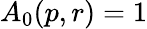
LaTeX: A_{0}(p,r)=1